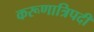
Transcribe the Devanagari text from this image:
करूणात्रिपदी